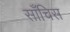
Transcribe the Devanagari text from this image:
साँचिस